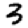
Digit: 3